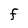
Character: F